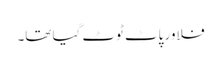
فلاور پاٹ ٹوٹ گیا تھا۔